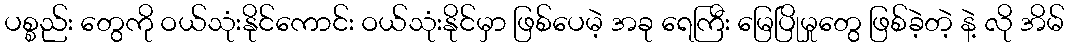
ပစ္စည်း တွေကို ဝယ်သုံးနိုင်ကောင်း ဝယ်သုံးနိုင်မှာ ဖြစ်ပေမဲ့ အခု ရေကြီး မြေပြိုမှုတွေ ဖြစ်ခဲ့တဲ့ နဲ့ လို အိမ်